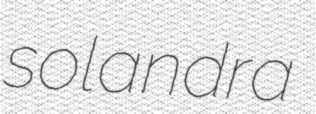
solandra